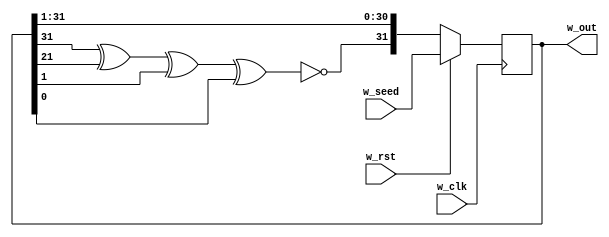
`default_nettype none

module m_lfsr
  (input  wire w_clk, w_rst,
   input  wire [31:0] w_seed,
   output wire [31:0] w_out);
  
  reg [31:0] r_seed = 32'h12345678;
  wire w_bit;
  
  xnor (w_bit, r_seed[31], r_seed[21], r_seed[1], r_seed[0]);
  assign w_out = r_seed;
  
  always @(posedge w_clk) begin
    if (w_rst) r_seed <= w_seed;
    else       r_seed = {w_bit, r_seed[31:1]};
  end
  
endmodule